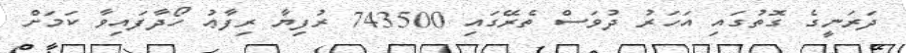
ދަރަނީގެ ގޮތުގައި އަހަރު ދުވަސް ތެރޭގައި 743500 ރުފިޔާ ރިފާޢު ހޯދާފައިވާ ކަމަށް